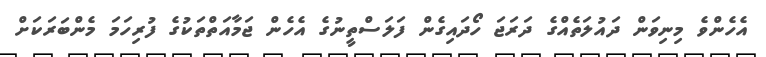
އެހެންވެ މިނިވަން ދައުލަތެއްގެ ދަރަޖަ ހޯދައިގެން ފަލަސްތީނުގެ އެހެން ޖަމާއަތްތަކުގެ ފުރިހަމަ މެންބަރަކަށް